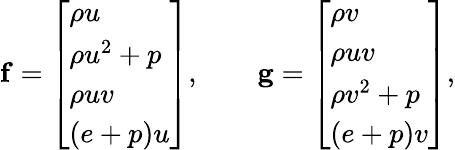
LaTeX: \mathbf{f}=\left[\begin{array}{l}{\rho u}\\ {\rho u^{2}+p}\\ {\rho uv}\\ {(e+p)u}\end{array}\right],\qquad\mathbf{g}=\left[\begin{array}{l}{\rho v}\\ {\rho uv}\\ {\rho v^{2}+p}\\ {(e+p)v}\end{array}\right],